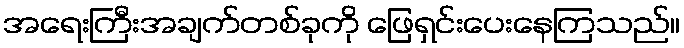
အရေးကြီးအချက်တစ်ခုကို ဖြေရှင်းပေးနေကြသည်။